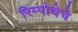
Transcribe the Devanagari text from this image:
रिम्पोचेचे